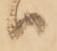
ハ